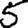
Digit: 5